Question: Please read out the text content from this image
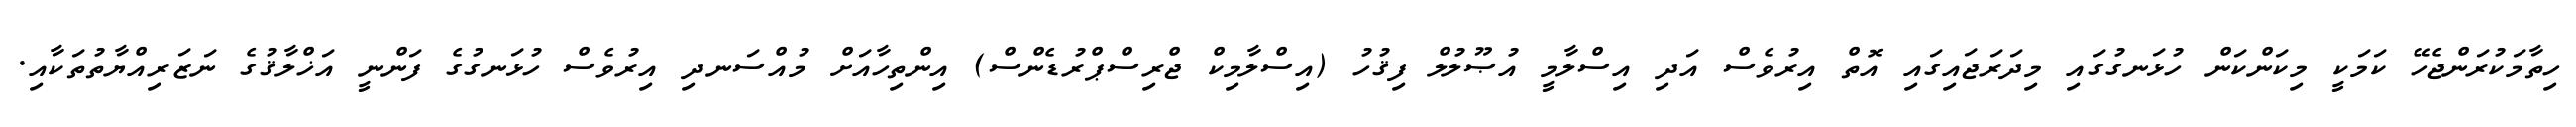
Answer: ހިތާމަކުރަންޖެހޭ ކަމަކީ މިކަންކަން ހުޅަނގުގައި މިދަރަޖައިގައި އޮތް އިރުވެސް އަދި އިސްލާމީ އުޞޫލުލް ފިޤުހު (އިސްލާމިކް ޖްރިސްޕްރުޑެންސް) އިންތިހާއަށް މުއްސަނދި އިރުވެސް ހުޅަނގުގެ ފަންނީ އަޚްލާޤުގެ ނަޒަރިއްޔާތުތަކާއި.